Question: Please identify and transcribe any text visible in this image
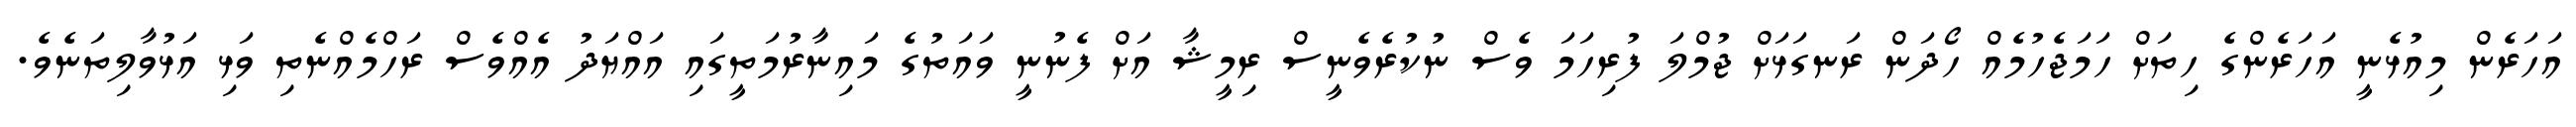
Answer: އަހަރެން މިއުޅެނީ އަހަރެންގެ ހިތަށް ހަމަޖެހުމެއް ހޯދަން ރަނގަޅަށް ޖުމްލަ ފުރިހަމަ ވެސް ނުކުރެވެނީސް ރިމީޝާ އަށް ފެނުނީ ވައަތުގެ މައިނާރުމަތީގައި އައްޔަދު އެއްވެސް ރަހްމެއްނެތި ވަޅި އަޅުވާލިތަނެވެ.